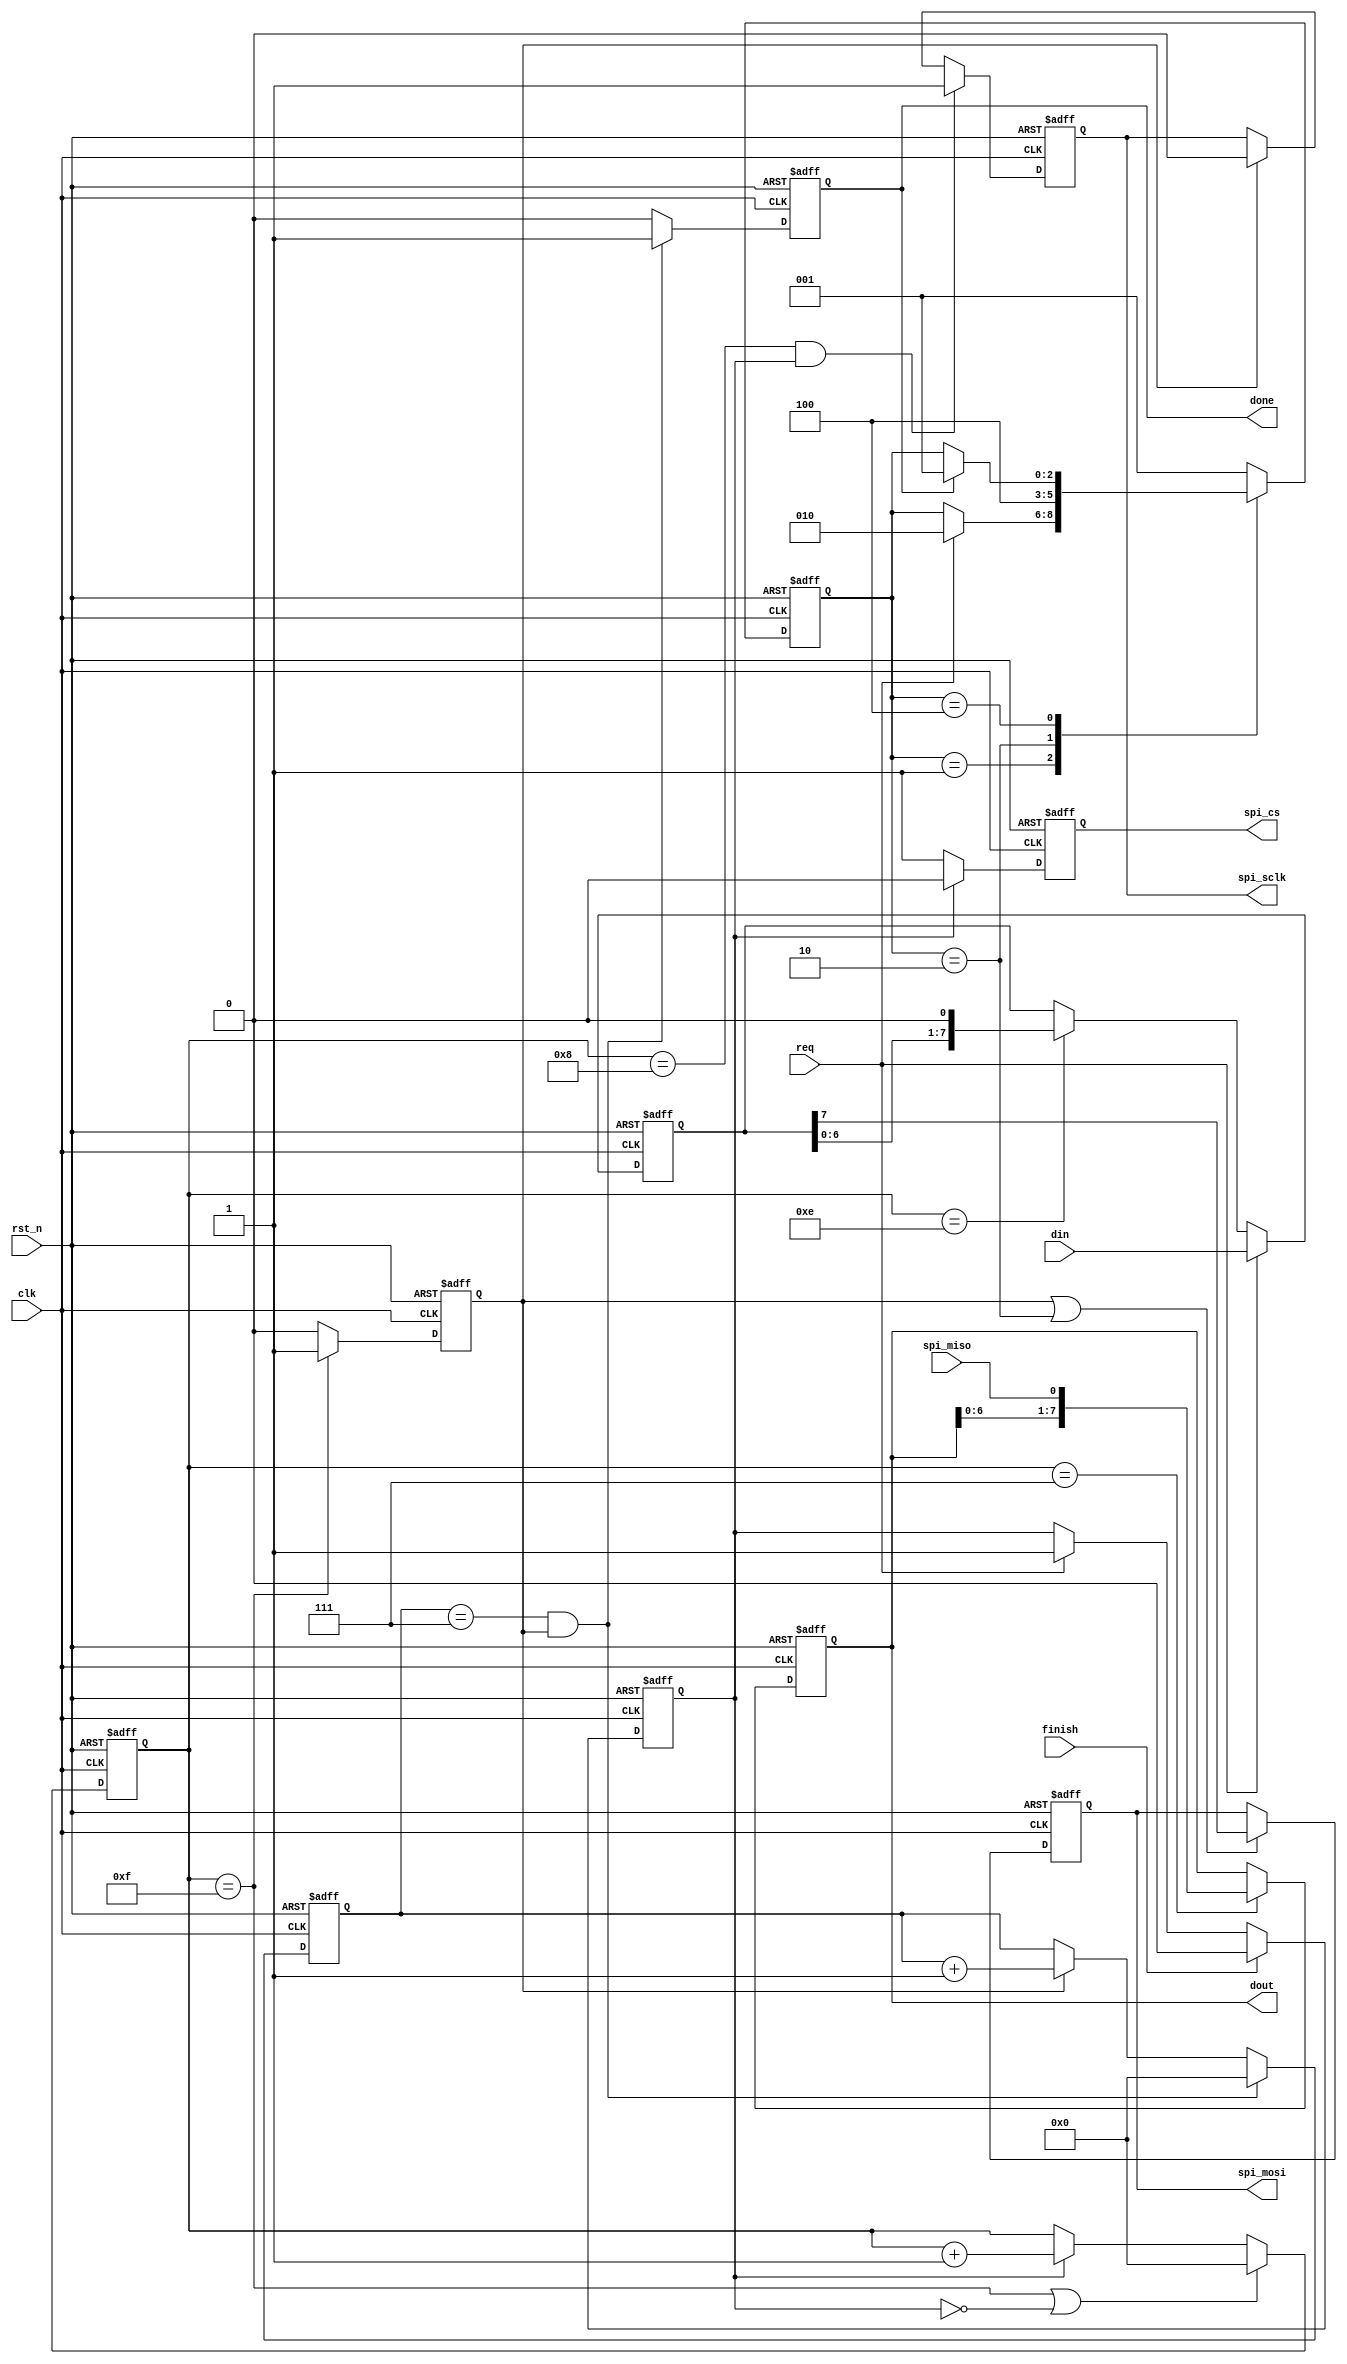
    module  spi_master (
        input                 clk     ,//
        input                 rst_n   ,//
        input                 req     ,
        input         [7:0]   din     ,
        input                 finish  ,
        output   reg          done    ,
        output   reg  [7:0]   dout    ,
         
        output   reg          spi_sclk,
        input                 spi_miso,
        output   reg          spi_mosi,
        output   reg          spi_cs   
        // output                spi_cs 
                                      
    );
    //
        localparam  SCLK_PERIOD = 16    ,
                    SCLK_RISE   = 8     ;
                    // SCLK_FALL   = 6     ;
        localparam  CNT_BIT     = 8     ;
        localparam  IDLE        = 3'b001,
                    READY       = 3'b010,
                    TRANS       = 3'b100;
    
    //
        reg   [7:0]  din_latch;
        reg   [3:0]  sclk_cnt ;
        reg          sclk_done;
        reg   [3:0]  bit_cnt  ;
        reg          csen     ;
        reg   [2:0]  state_c  ;
        reg   [2:0]  state_n  ;

    //din_latch
        always@(posedge clk or negedge rst_n)begin
            if(!rst_n)
                din_latch<= 0;
            else if(req)
                din_latch<= din;
            else if(sclk_cnt== SCLK_PERIOD - 2)
                din_latch<= din_latch << 1;
        end
    //
        always@(posedge clk or negedge rst_n)begin
            if(!rst_n)
                state_c<= 0;
            else
                state_c<= state_n  ;
        end
        always@(*)begin
            case(state_c)
                IDLE :begin
                        if(req)
                            state_n = READY ; 
                        else
                            state_n = state_c;
                      end                
                READY:state_n = TRANS ; 
                TRANS:begin
                        if(done)
                            state_n = IDLE; 
                        else
                            state_n = state_c;
                      end
                default:state_n = IDLE;
            endcase
        end
    //csen
        always@(posedge clk or negedge rst_n)begin
            if(!rst_n)
                csen<= 0;
            else if(finish)
                csen<= 1'b0;
            else if(req)
                csen<= 1'b1;
        end
    //spi_cs
        always@(posedge clk or negedge rst_n)begin
            if(!rst_n)
                spi_cs<= 1'b1;
            else if(csen)
                spi_cs<= 1'b0;
            else
                spi_cs<= 1'b1;
        end
        // assign spi_cs = req;
    //sclk_cnt
        always@(posedge clk or negedge rst_n)begin
            if(!rst_n)
                sclk_cnt <= 0;
            else if((sclk_cnt== SCLK_PERIOD - 1)|~csen ) 
                sclk_cnt <= 0;
            else if(csen)
                sclk_cnt <=  sclk_cnt + 1'b1;
        end 
    //sclk_done
        always@(posedge clk or negedge rst_n)begin
            if(!rst_n)
                sclk_done<= 0;
            else if(sclk_cnt== SCLK_PERIOD - 1)
                sclk_done<= 1'b1;
            else
                sclk_done<= 1'b0;
        end  
    //spi_sclk
        always@(posedge clk or negedge rst_n)begin
            if(!rst_n)
                spi_sclk<= 0;
            else if((sclk_cnt== SCLK_RISE)&csen)
                spi_sclk<= 1'b1;
            else if(sclk_done)
                spi_sclk<= 1'b0;
        end   
    //bit_cnt
        always@(posedge clk or negedge rst_n)begin
            if(!rst_n)
                bit_cnt <= 0;
            else if((bit_cnt == CNT_BIT - 1)&sclk_done)
                bit_cnt <= 0;
            else if(sclk_done)
                bit_cnt <= bit_cnt + 1'b1;
        end   
    //done
        always@(posedge clk or negedge rst_n)begin
            if(!rst_n)
                done<= 0;
            else if((bit_cnt == CNT_BIT - 1)&sclk_done)
                done<= 1'b1;
            else
                done<= 1'b0;
        end
    //spi_mosi
        always@(posedge clk or negedge rst_n)begin
            if(!rst_n)
                spi_mosi<= 0;
            else if(sclk_done||(state_c==READY))
                spi_mosi<= din_latch[7] ;
        end
    //dout
        always@(posedge clk or negedge rst_n)begin
            if(!rst_n)
                dout <= 0;
            else if(sclk_cnt== SCLK_RISE - 1)
                dout <= {dout[6:0],spi_miso};
        end

           
    endmodule